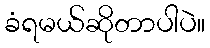
ခံရမယ်ဆိုတာပါပဲ။